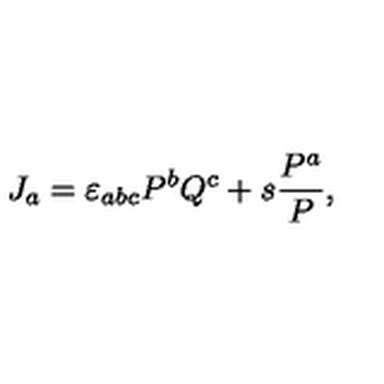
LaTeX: J _ { a } = \varepsilon _ { a b c } P ^ { b } Q ^ { c } + s \frac { P ^ { a } } { P } ,